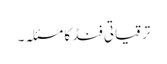
ترقیاتی فنڈ کا مسئلہ۔